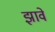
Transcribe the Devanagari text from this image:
झावे